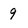
Character: 9